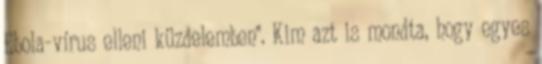
Ebola-vírus elleni küzdelemben". Kim azt is mondta, hogy egyes